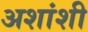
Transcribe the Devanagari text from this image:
अशांशी